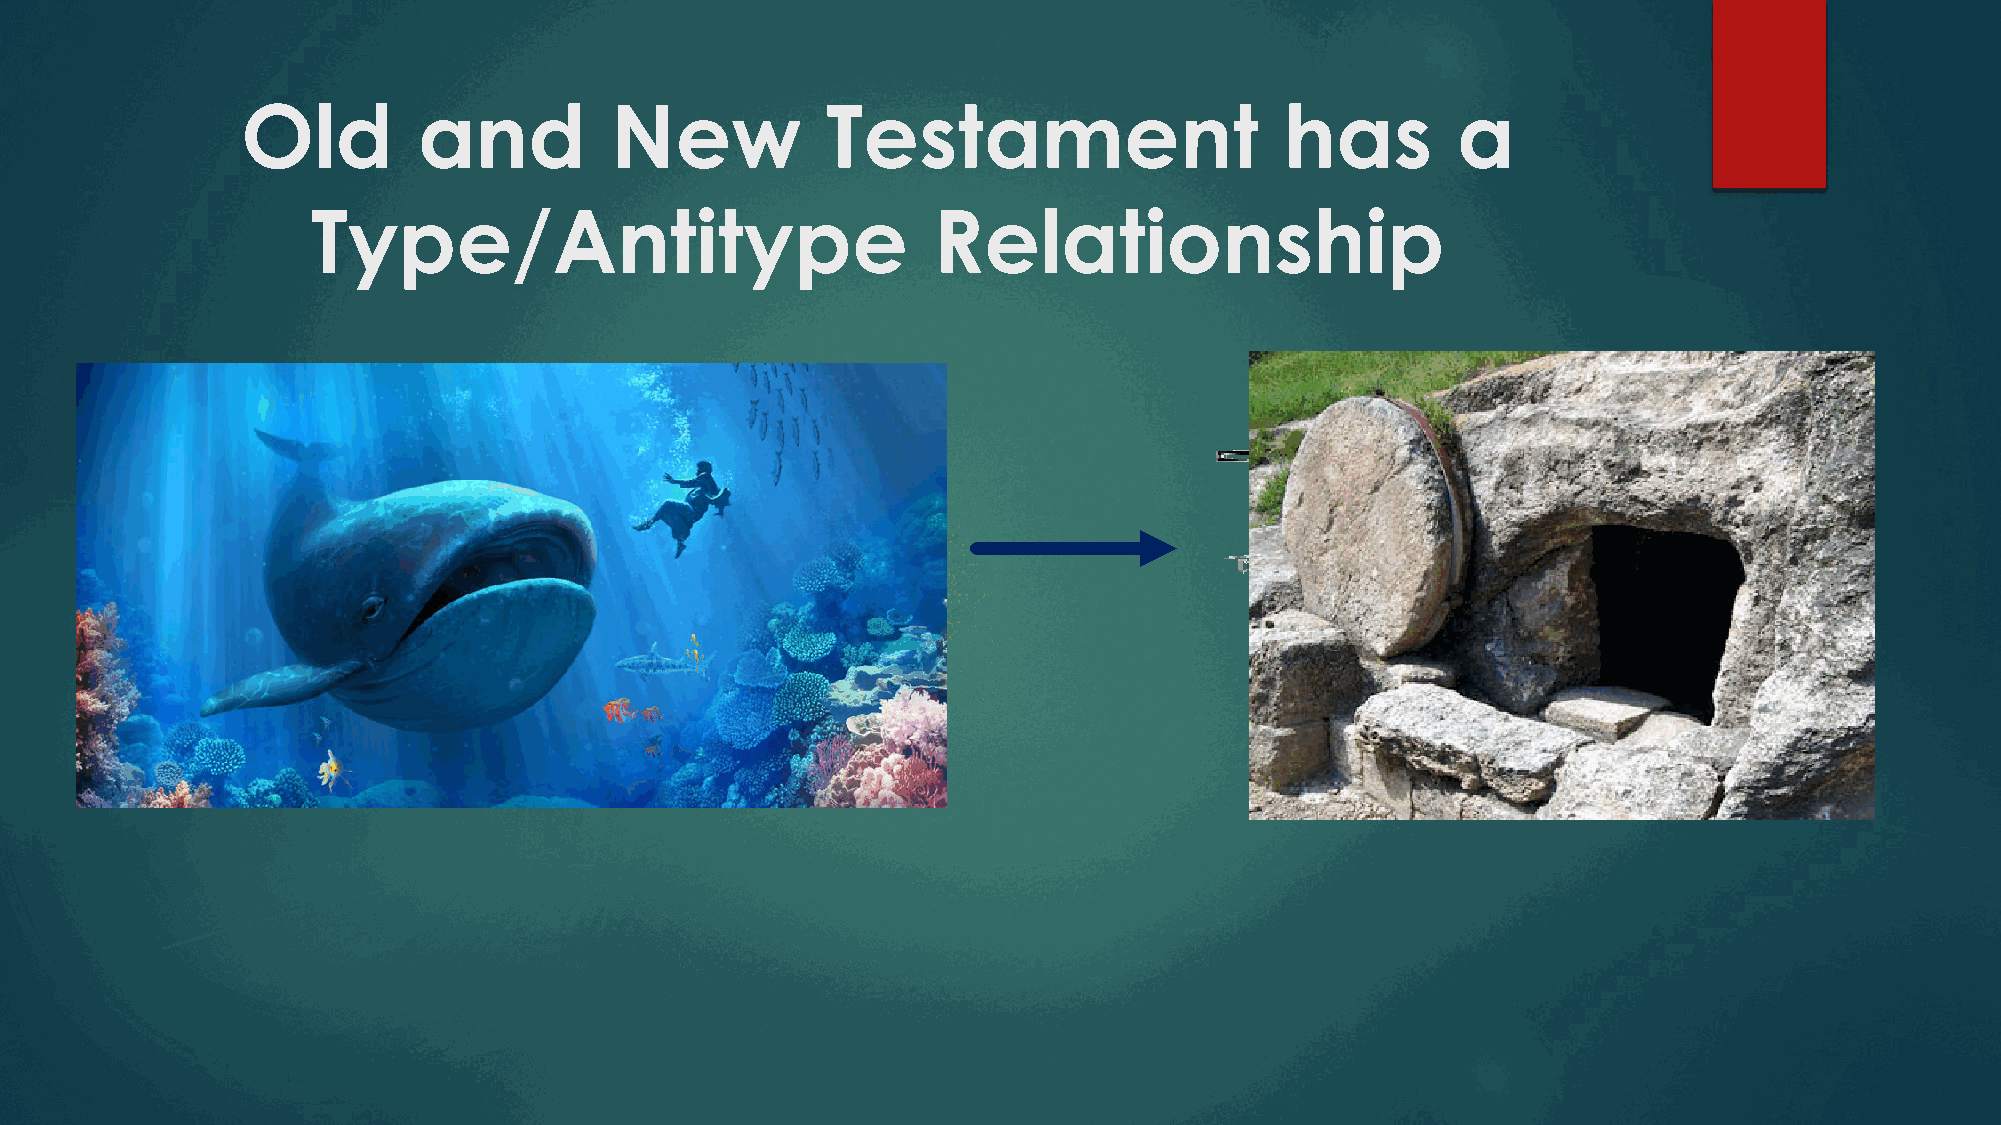
Old         and         New            Testament                     has        a
 Type/Antitype                            Relationship